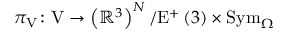
\pi _ { \mathrm { V } } \colon \mathrm { V } \rightarrow \left( \mathbb { R } ^ { 3 } \right) ^ { N } / \mathrm { E } ^ { + } \left( 3 \right) \times \mathrm { S y m } _ { \Omega }